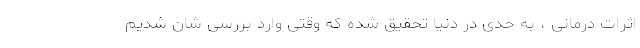
اثرات درمانی ، به حدی در دنیا تحقیق شده که وقتی وارد بررسی شان شدیم